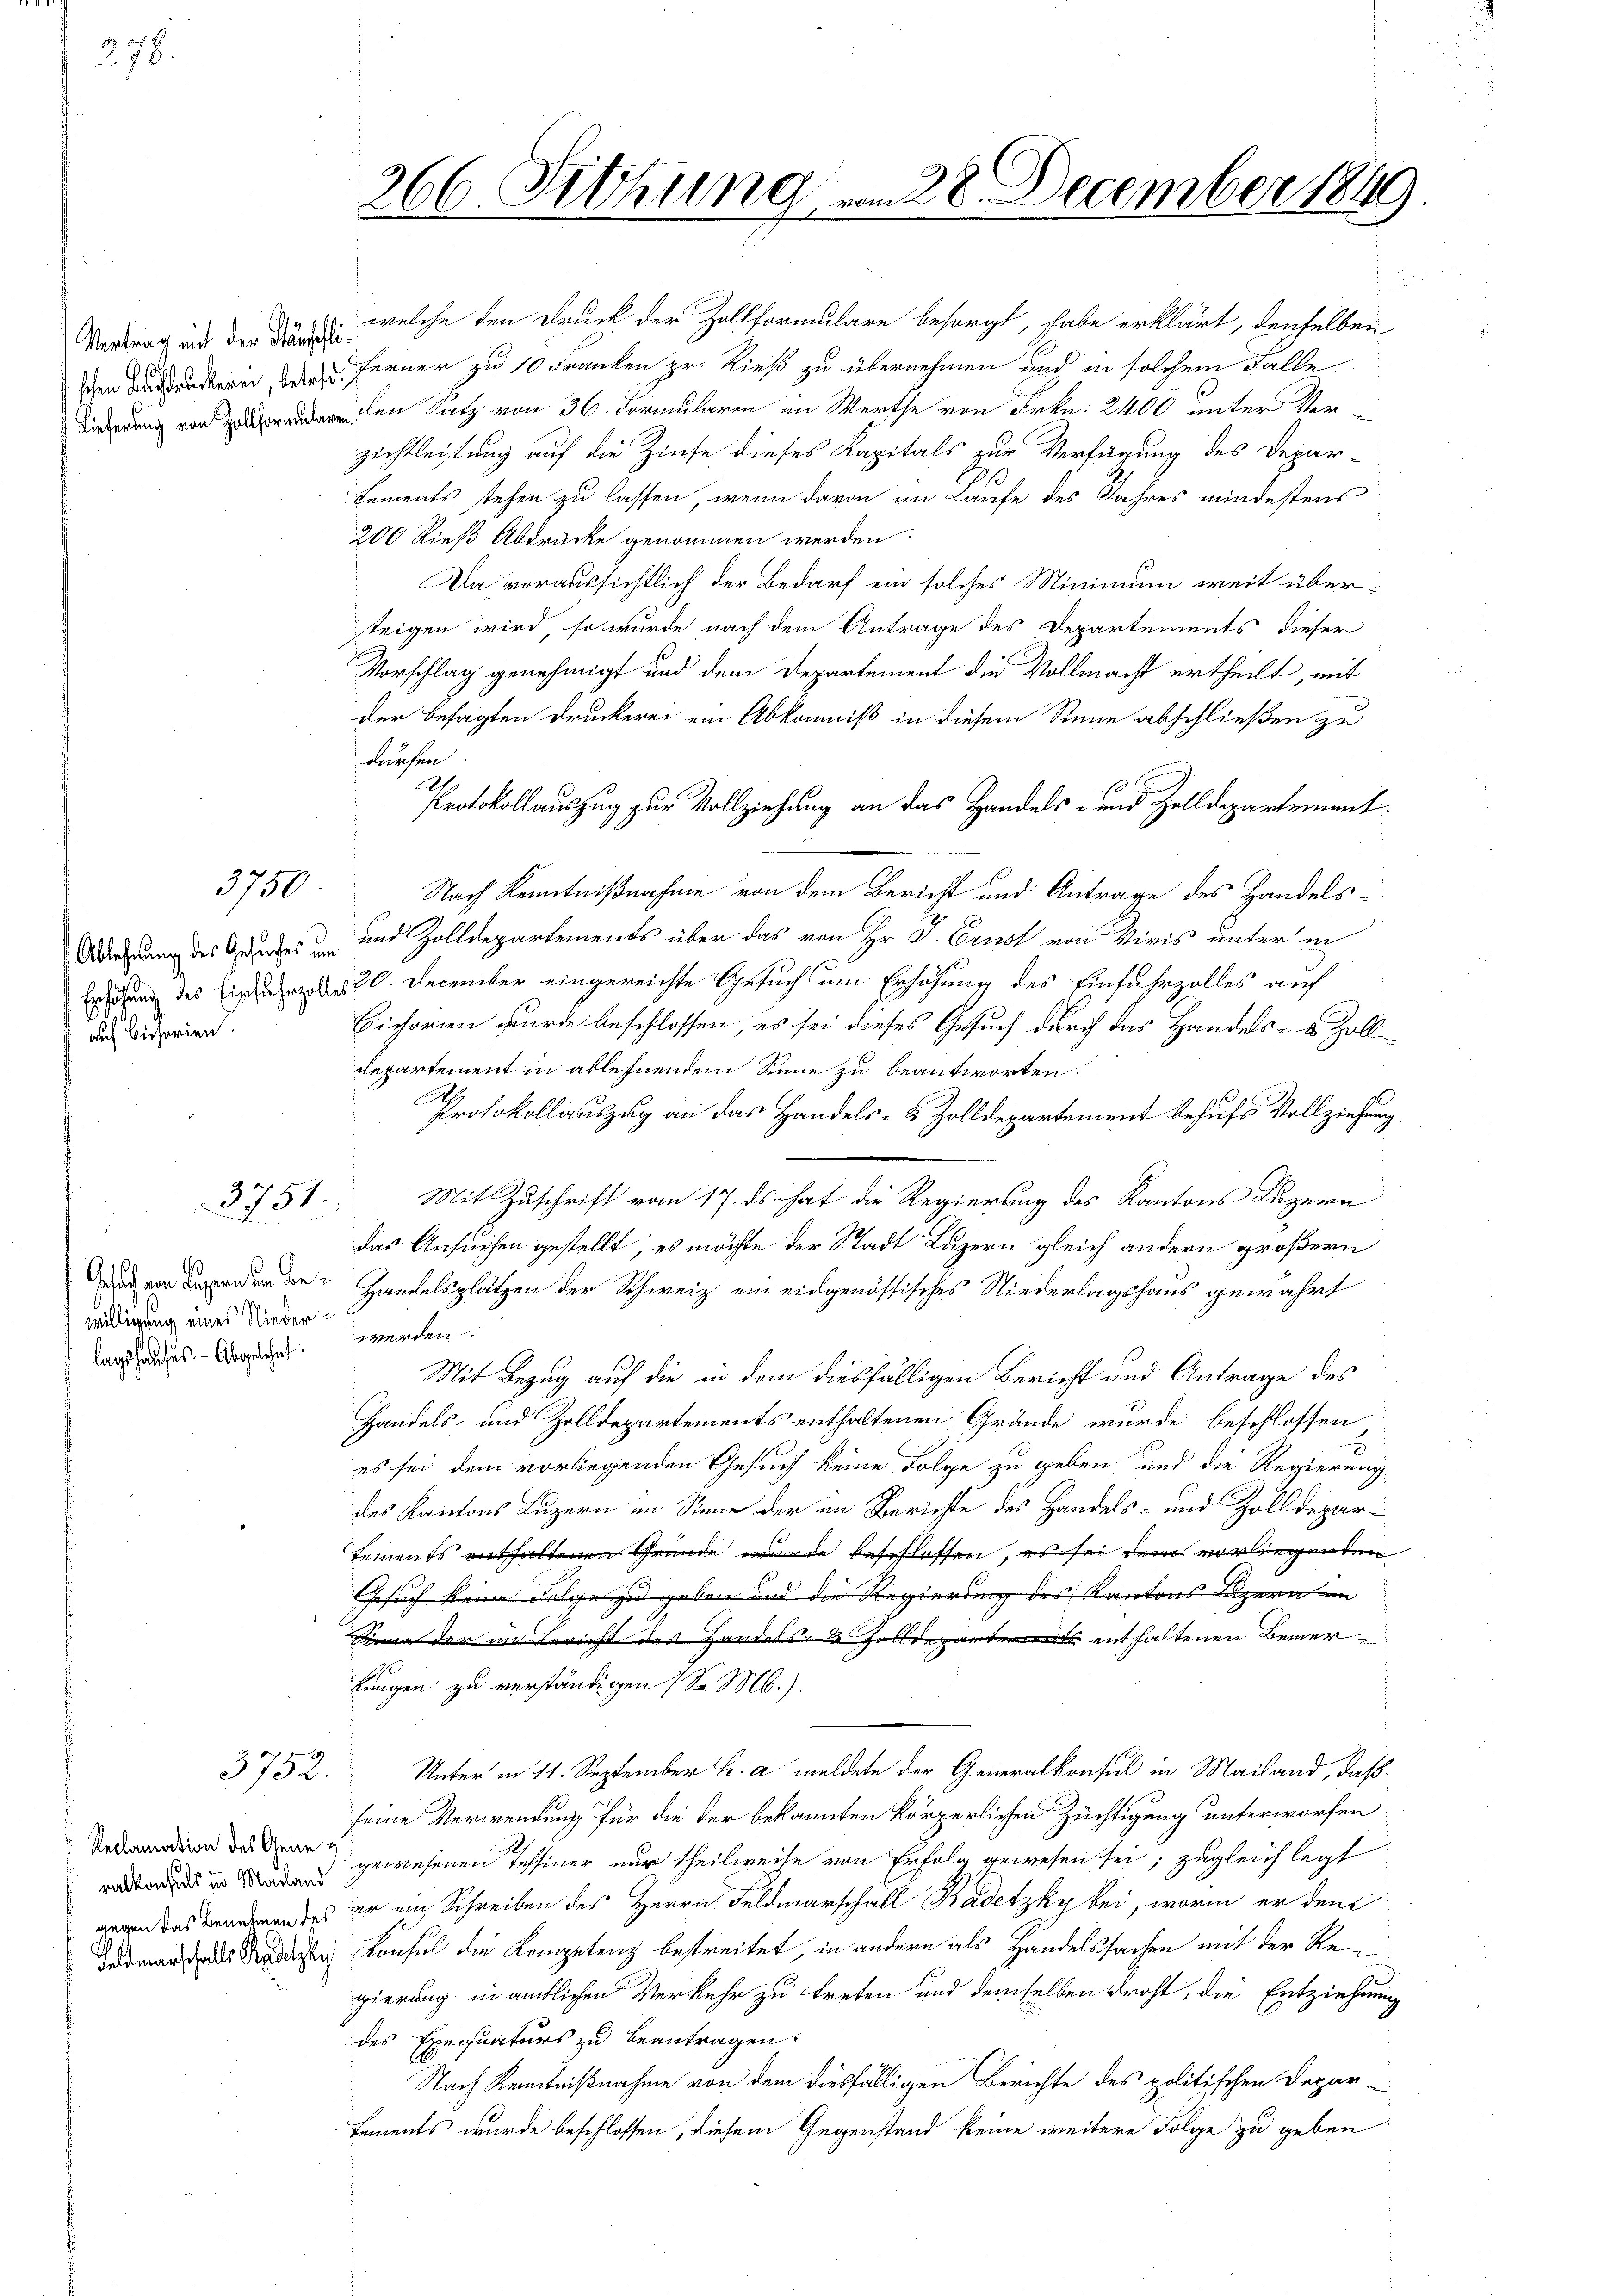
278.

Vertrag mit der Stänschli

3750

auf Bissorien

3751.

willigung eines Niederlagshauses. - Abgelehnt.

3752.

Reclamation des Gene¬

¬
welche den Druck der Zollformulare besorgt, habe erklärt, denselben
schen untere Ferner zu 10 Franken pr. Kieß zu übernehmen und in solchem Falle
Diederung von den Satz von 36. Formularen im Werthe von Frkn. 2400 unter Verzichtleitung auf die Zinse dieses Kapitals zur Verfügung des Depar-
Lements stehen zu lassen, wenn davon im Laufe des Jahres mindestens
200 Rieß Abdrücke genommen werden.
Da voraussichtlich der Bedarf ein solches Minimum weit übersteigen wird, so wurde nach dem Antrage des Departements dieser
Vorschlag genehmigt und dem Departement die Vollmacht ertheilt, mit
der besagten Druckerei ein Abkommiß in diesem Sinne abschließen zu
dürfen
Protokollauszug zur Vollziehung an das Handels- und Zolldepartement
Nach Kenntnißnahme von dem Bericht und Antrage des Handels¬
Adergang des Grades und und Zolldepartements über das von Hr. P. Ernst von Viris unter in
Errung des Eigen 20. December eingereichte Gesuch um Erhöhung des Einfuhrzolles auf
Eichorien wurde beschlossen, es sei dieses Gesuch durch das Handels- & Zoll¬
Repartement in ablehnendem Sinne zu beantworten.
.
Protokollauszug an das Handels- & Zolldepartement behufs Vollziehung
Mit Zuschrift vom 17. ds. hat die Regierung des Kantons Luzern
das Ansuchen gestellt, es möchte der Stadt Luzern gleich andern größern
dende Handelsplätzen der Schweiz ein eidgenössisches Niederlagshaus gewährt
werden.
Mit Bezug auf die in dem diesfälligen Bericht und Antrage des
Handels- und Zolldepartements enthaltenen Gründe wurde beschlossen
es sei dem vorliegenden Gesuch keine Folge zu geben und die Regierung
des Kantons Luzern im Sinne der im Berichte des Handels- und Zolldepartements enthaltenen Grunde wurde beschlossen, es sei dem vorliegenden
Gesuch keine Folge zu geben und die Regierung des Kantons Luzern im
Sinne der im Bericht des Handels- Zolldepartens enthaltenen Bemer
kungen zu verständigen (S. M.).
Unter in 11. September h. a meldete der Generalkonsul in Mailand, daß
seine Verwendung für die der bekannten körperlichen Züchtigung unterworfen
   gewesenen Tessiner nur theilweise von Erfolg gewesen sei, zugleich legt
gegen das Bundenen des er ein Schreiben des Herrn Feldmarschall Kadetzky bei, worin er den
das war dass die Konsul die Kompetenz bestreitet, in andern als Handelssachen mit der Regierung in ämtlichen Verkehr zu treten und demselben droht, die Entziehung
des Exequaturs zu beantragen.
Nach Kenntnißnahme von dem diesfälligen Berichte des politischen Depar-
Lements wurde beschlossen, diesem Gegenstand keine weitere Folge zu geben

266. Sitzung

m 28 December 1849